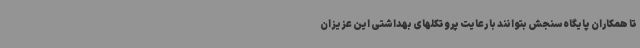
تا همکاران پایگاه سنجش بتوانند با رعایت پروتکلهای بهداشتی این عزیزان